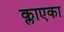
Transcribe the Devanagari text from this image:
क्लाएका